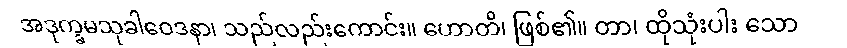
အဒုက္ခမသုခါဝေဒနာ၊ သည်လည်းကောင်း။ ဟောတိ၊ ဖြစ်၏။ တာ၊ ထိုသုံးပါး သော